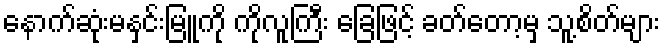
နောက်ဆုံးမနှင်းမြူကို ကိုလူကြီး ခြေဖြင့် ခတ်တော့မှ သူ့စိတ်များ